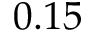
0 . 1 5